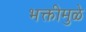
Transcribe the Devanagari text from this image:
भक्तीमुळे